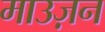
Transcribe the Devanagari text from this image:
माउज़न